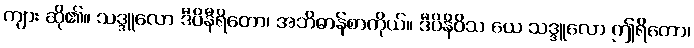
ကျား ဆို၏။ သဒ္ဒူလော ဒီပိနီရိတော၊ အဘိဓာန်စာကိုယ်။ ဒီပိနိဝိသ ယေ သဒ္ဒူလော ဤရိတော၊